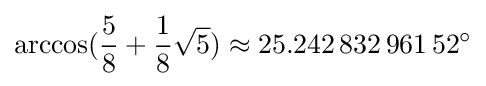
\arccos({\frac {5}{8}}+{\frac {1}{8}}{\sqrt {5}})\approx 25.242\,832\,961\,52^{\circ }